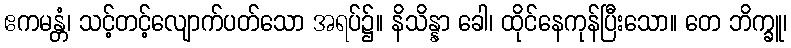
ဧကမန္တံ၊ သင့်တင့်လျောက်ပတ်သော အရပ်၌။ နိသိန္နာ ခေါ၊ ထိုင်နေကုန်ပြီးသော။ တေ ဘိက္ခူ၊